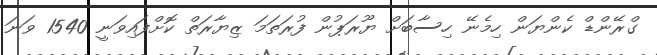
ގްރޭންޑް ކެންޔަން ހިމެނޭ ހިސާބަށް ޔޫރަޕުން ފުރަތަމަ ޒިޔާރަތް ކޮށްފައިވަނީ 1540 ވަނަ